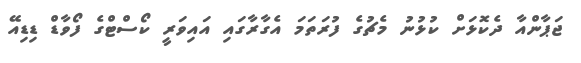
ޖަޕާންއާ ދެކޮޅަށް ކުޅުނު މެޗުގެ ފުރަތަމަ އެގާރާގައި އައިވަރީ ކޯސްޓްގެ ފޯވާޑް ޑިޑިއޭ